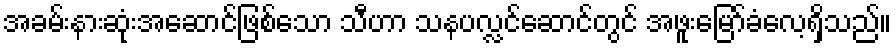
အခမ်းနားဆုံးအဆောင်ဖြစ်သော သီဟာ သနပလ္လင်ဆောင်တွင် အဖူးမြော်ခံလေ့ရှိသည်။